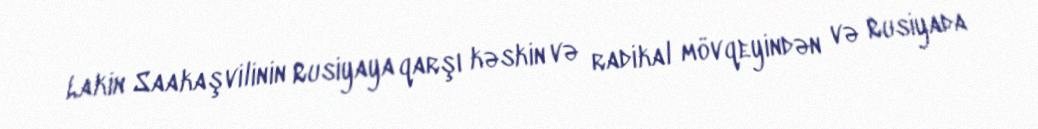
Lakin Saakaşvilinin Rusiyaya qarşı kəskin və radikal mövqeyindən və Rusiyada